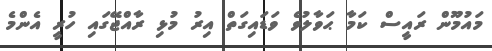
މައުމޫން ރައީސް ކަމާ ޙަވާލުވެ ވަޑައިގަތް އިރު މުޅި ރާއްޖޭގައި ހުރީ އެންމެ